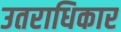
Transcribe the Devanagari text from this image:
उतराधिकार